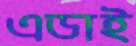
এডাই